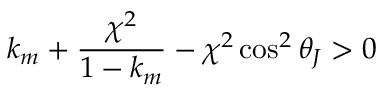
k _ { m } + \frac { \chi ^ { 2 } } { 1 - k _ { m } } - \chi ^ { 2 } \cos ^ { 2 } \theta _ { J } > 0